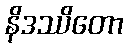
နိဒဿိတော